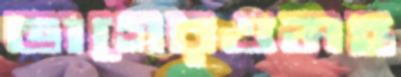
ভাগেরওমহ